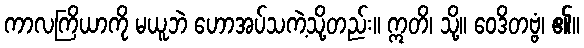
ကာလကြိယာကို မယူဘဲ ဟောအပ်သကဲ့သို့တည်း။ ဣတိ၊ သို့။ ဝေဒိတဗ္ဗံ၊ ၏။